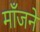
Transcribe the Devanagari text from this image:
माँजने